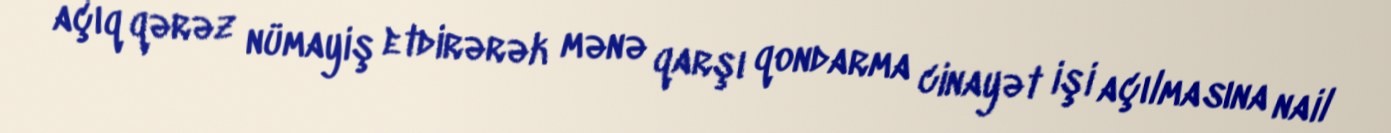
açıq qərəz nümayiş etdirərək mənə qarşı qondarma cinayət işi açılmasına nail